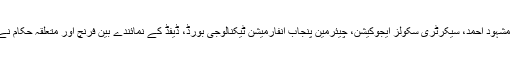
صوبائی وزیر تعلیم رانا مشہود احمد، سیکرٹری سکولز ایجوکیشن، چیئرمین پنجاب انفارمیشن ٹیکنالوجی بورڈ، ڈیفڈ کے نمائندے بین فرنچ اور متعلقہ حکام نے اجلاس میں شرکت کی۔